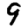
Digit: 9